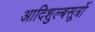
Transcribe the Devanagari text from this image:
आदिशुल्बसूत्रों